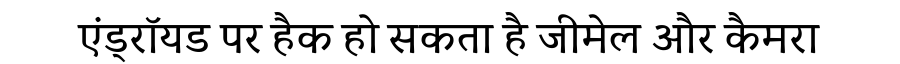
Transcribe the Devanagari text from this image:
एंड्रॉयड पर हैक हो सकता है जीमेल और कैमरा